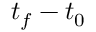
t _ { f } - t _ { 0 }